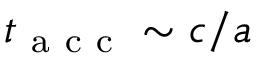
t _ { \mathrm { ~ a ~ c ~ c ~ } } \sim c / a